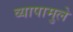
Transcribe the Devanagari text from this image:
व्यापामुले